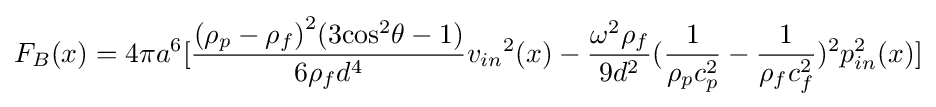
{F_{B}}(x)=4\pi {a^{6}}[{{{{({\rho _{p}}-{\rho _{f}})}^{2}}(3{{\cos }^{2}}\theta -1)} \over {6{\rho _{f}}{d^{4}}}}{v_{in}}^{2}(x)-{{\omega ^{2}{\rho _{f}}} \over {9{d^{2}}}}{({1 \over {{\rho _{p}}c_{p}^{2}}}-{1 \over {{\rho _{f}}c_{f}^{2}}})^{2}}p_{in}^{2}(x)]